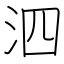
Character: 泗